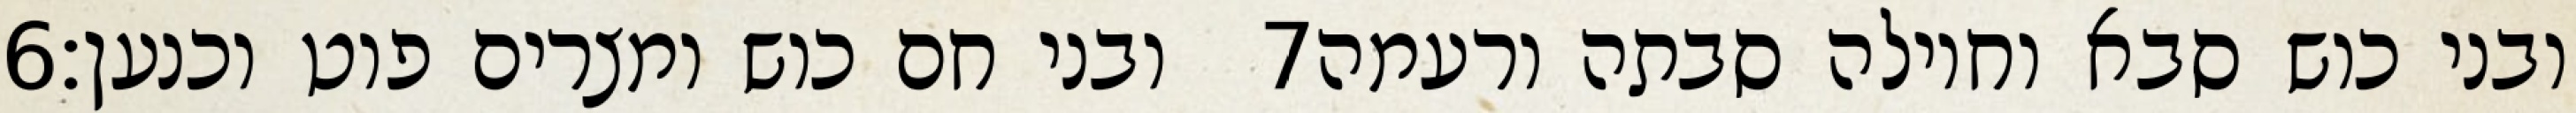
‎6‏ ובני חם כוש ומצרים פוט וכנען׃ ‎7‏ ובני כוש סבא וחוילה סבתה ורעמה